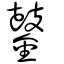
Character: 䥢